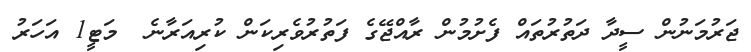
ޖަރުމަނުން ސީދާ ދަތުރުތައް ފެށުމުން ރާއްޖޭގެ ފަތުރުވެރިކަން ކުރިއަރާނެ  މަޓީ1 އަހަރު